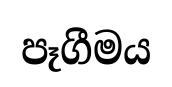
පෑගීමය